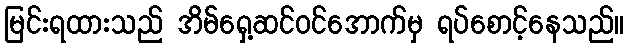
မြင်းရထားသည် အိမ်ရှေ့ဆင်ဝင်အောက်မှ ရပ်စောင့်နေသည်။